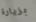
بزيارة